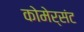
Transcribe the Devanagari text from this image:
कोमेर्संट